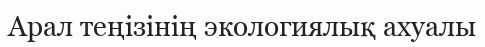
Арал теңізінің экологиялық ахуалы